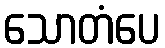
သောတံပေ